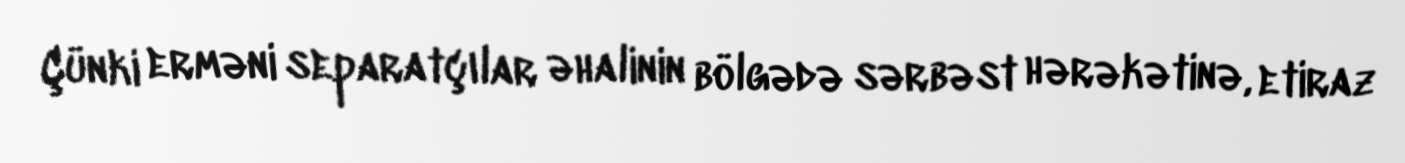
Çünki erməni separatçılar əhalinin bölgədə sərbəst hərəkətinə, etiraz